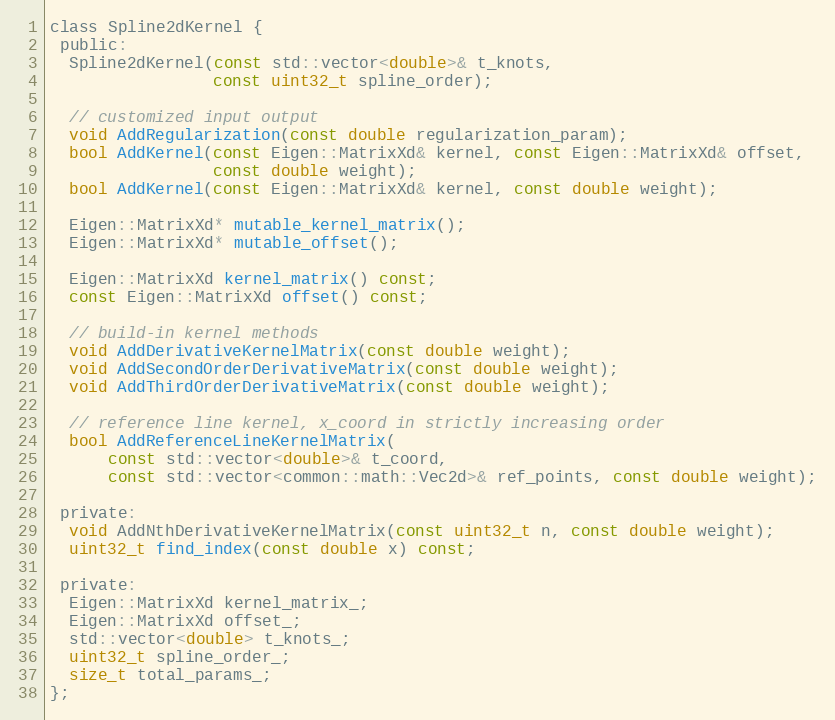
Language: C
class Spline2dKernel {
 public:
  Spline2dKernel(const std::vector<double>& t_knots,
                 const uint32_t spline_order);

  // customized input output
  void AddRegularization(const double regularization_param);
  bool AddKernel(const Eigen::MatrixXd& kernel, const Eigen::MatrixXd& offset,
                 const double weight);
  bool AddKernel(const Eigen::MatrixXd& kernel, const double weight);

  Eigen::MatrixXd* mutable_kernel_matrix();
  Eigen::MatrixXd* mutable_offset();

  Eigen::MatrixXd kernel_matrix() const;
  const Eigen::MatrixXd offset() const;

  // build-in kernel methods
  void AddDerivativeKernelMatrix(const double weight);
  void AddSecondOrderDerivativeMatrix(const double weight);
  void AddThirdOrderDerivativeMatrix(const double weight);

  // reference line kernel, x_coord in strictly increasing order
  bool AddReferenceLineKernelMatrix(
      const std::vector<double>& t_coord,
      const std::vector<common::math::Vec2d>& ref_points, const double weight);

 private:
  void AddNthDerivativeKernelMatrix(const uint32_t n, const double weight);
  uint32_t find_index(const double x) const;

 private:
  Eigen::MatrixXd kernel_matrix_;
  Eigen::MatrixXd offset_;
  std::vector<double> t_knots_;
  uint32_t spline_order_;
  size_t total_params_;
};